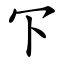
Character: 㓀